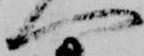
へ